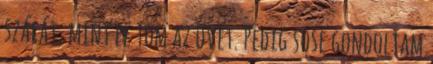
szálát, mint pl Tom az övét. Pedig sose gondoltam